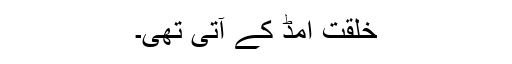
خلقت امڈ کے آتی تھی۔